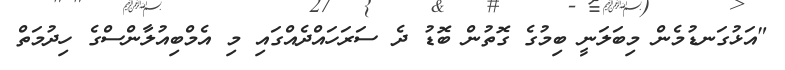
"އަޅުގަނޑުމެން މިބަލަނީ ބިމުގެ ގޮތުން ބޮޑު ދެ ސަރަހައްދެއްގައި މި އެމްބިއުލާންސްގެ ހިދުމަތް